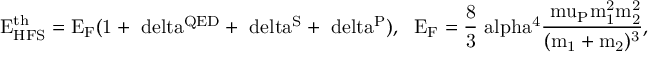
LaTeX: \mathrm { \Delta E _ { H F S } ^ { t h } = E _ { F } ( 1 + \ d e l t a ^ { Q E D } + \ d e l t a ^ { S } + \ d e l t a ^ { P } ) , ~ ~ E _ { F } = \frac { 8 } { 3 } \ a l p h a ^ { 4 } \frac { \ m u _ { P } m _ { 1 } ^ { 2 } m _ { 2 } ^ { 2 } } { ( m _ { 1 } + m _ { 2 } ) ^ { 3 } } , }